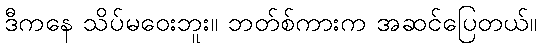
ဒီကနေ သိပ်မဝေးဘူး။ ဘတ်စ်ကားက အဆင်ပြေတယ်။